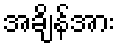
အချိန်အား